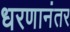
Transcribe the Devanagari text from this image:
धरणानंतर